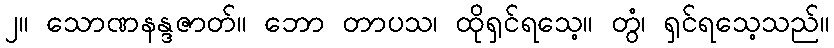
၂။ သောဏနန္ဒဇာတ်။ ဘော တာပသ၊ ထိုရှင်ရသေ့။ တွံ၊ ရှင်ရသေ့သည်။